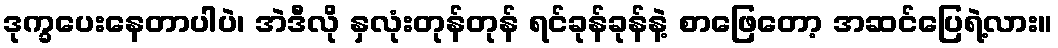
ဒုက္ခပေးနေတာပါပဲ၊ အဲဒီလို နှလုံးတုန်တုန် ရင်ခုန်ခုန်နဲ့ စာဖြေတော့ အဆင်ပြေရဲ့လား။